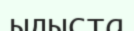
ыдыста